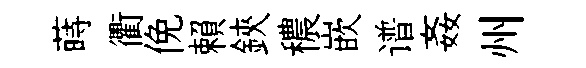
蒔衢俛賴鋏穠嵌谱姦州